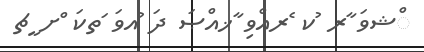
ްޝވަ ާރ ުކ ެރއްވި ާޚއްޞަ ދަ ުއވަ ަތކަ ްށ ީޗ